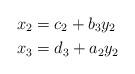
LaTeX: \begin{align*}x_2 & = c_2 + b_3y_2 \\x_3 & = d_3 + a_2y_2\end{align*}